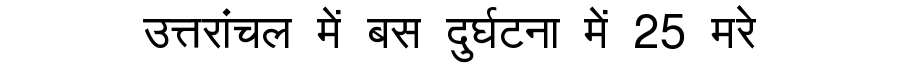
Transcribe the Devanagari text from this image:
उत्तरांचल में बस दुर्घटना में 25 मरे